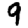
Digit: 9